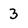
Character: 3